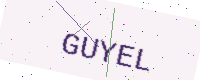
Text: GUYEL